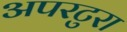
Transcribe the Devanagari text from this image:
अपरटुरा